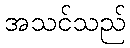
အသင်သည်